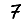
Digit: 7